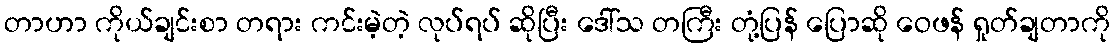
တာဟာ ကိုယ်ချင်းစာ တရား ကင်းမဲ့တဲ့ လုပ်ရပ် ဆိုပြီး ဒေါ်သ တကြီး တုံ့ပြန် ပြောဆို ဝေဖန် ရှုတ်ချတာကို